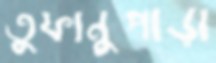
তুফানুপাড়া